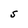
Character: S